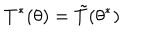
T ^ { * } ( \theta ) = \tilde { T } ( \theta ^ { * } )